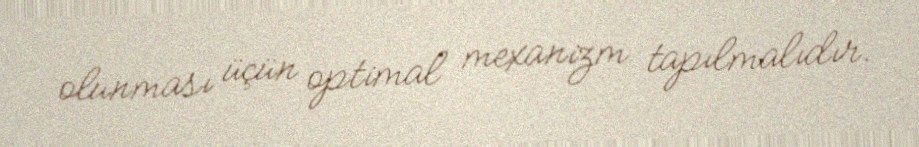
olunması üçün optimal mexanizm tapılmalıdır.